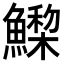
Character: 𩻳